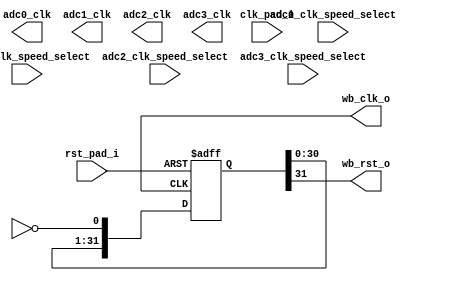
module syscon (/*AUTOARG*/
   // Outputs
   wb_clk_o, wb_rst_o, adc0_clk, adc1_clk, adc2_clk, adc3_clk,
   // Inputs
   clk_pad_i, rst_pad_i, adc0_clk_speed_select, adc1_clk_speed_select,
   adc2_clk_speed_select, adc3_clk_speed_select
   ) ;
   input clk_pad_i;
   input rst_pad_i;
   output wb_clk_o;
   output wb_rst_o;
   input [2:0] adc0_clk_speed_select;
   input [2:0] adc1_clk_speed_select;   
   input [2:0] adc2_clk_speed_select;
   input [2:0] adc3_clk_speed_select;    
   output wire adc0_clk;
   output wire adc1_clk;
   output wire adc2_clk;
   output wire adc3_clk;
   
   wire   locked;
   
`ifdef SIM
   assign wb_clk_o = clk_pad_i;
   assign locked = 1'b1;

   adc_clk_gen adc0_clk_gen(
                            // Outputs
                            .adc_clk(adc0_clk),
                            // Inputs
                            .wb_clk(wb_clk_o),
                            .rst_pad_i(rst_pad_i),
                            .clk_speed_select(adc0_clk_speed_select)
                            );  

   adc_clk_gen adc1_clk_gen(
                            // Outputs
                            .adc_clk(adc1_clk),
                            // Inputs
                            .wb_clk(wb_clk_o),
                            .rst_pad_i(rst_pad_i),                            
                            .clk_speed_select(adc1_clk_speed_select)
                            ); 

   adc_clk_gen adc2_clk_gen(
                            // Outputs
                            .adc_clk(adc2_clk),
                            // Inputs
                            .wb_clk(wb_clk_o), 
                            .rst_pad_i(rst_pad_i),
                            .clk_speed_select(adc2_clk_speed_select)
                            ); 

   adc_clk_gen adc3_clk_gen(
                            // Outputs
                            .adc_clk(adc3_clk),
                            // Inputs
                            .wb_clk(wb_clk_o), 
                            .rst_pad_i(rst_pad_i),
                            .clk_speed_select(adc3_clk_speed_select)
                            );            
   
/* -----\/----- EXCLUDED -----\/-----
   reg [6:0] adc_clk_count;
   always @(posedge wb_clk_o)
     if (rst_pad_i) begin
        adc_clk <= 0;
        adc_clk_count <= 0;        
     end else begin
        adc_clk_count <=  adc_clk_count+1;        
        if (adc_clk_count == 10) begin
           adc_clk <= ~adc_clk;
           adc_clk_count <= 0;           
        end
     end
 -----/\----- EXCLUDED -----/\----- */
   
`else
`endif

   //
   // Reset generation for wishbone
   //
   // This will keep reset asserted until we get 16 clocks
   // of the PLL/Clock Tile being locked
   //
   reg [31:0] wb_rst_shr;
   
   always @(posedge wb_clk_o or posedge rst_pad_i)
	 if (rst_pad_i)
	   wb_rst_shr <= 32'hffff_ffff;
	 else
	   wb_rst_shr <= {wb_rst_shr[30:0], ~(locked)};
   
   assign wb_rst_o = wb_rst_shr[31];
   
endmodule